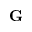
\mathbf G